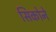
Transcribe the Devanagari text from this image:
सिकोने